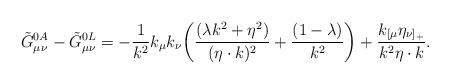
LaTeX: \begin{align*}\tilde G^{0 A}_{\mu\nu}-\tilde G^{0 L}_{\mu\nu}= -{1\over k^2}k_\mu k_\nu\biggl({(\lambda k^2+\eta^2)\over{(\eta\cdot k)^2}}+{(1-\lambda)\over k^2}\biggr) + {k_{[\mu}\eta_{\nu]_+}\over{k^2\eta\cdot k}}.\end{align*}